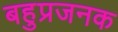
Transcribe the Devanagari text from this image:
बहुप्रजनक